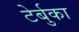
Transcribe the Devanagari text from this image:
टेर्बुका